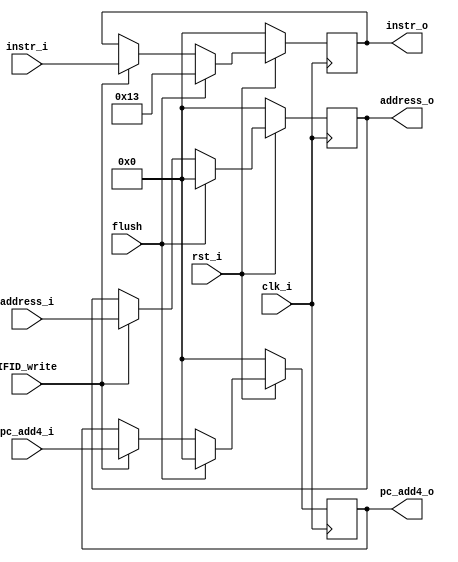
`timescale 1ns/1ps
module IFID_register (
    input clk_i,
    input rst_i,
    input flush,
    input IFID_write,
    input [31:0] address_i,
    input [31:0] instr_i,
    input [31:0] pc_add4_i,
    output reg [31:0] address_o,
    output reg [31:0] instr_o,
    output reg [31:0] pc_add4_o
);
/* Write your code HERE */
always @(posedge clk_i) begin
    if(~rst_i)begin
        address_o <= 32'b0;
        instr_o   <= 32'b0;
        pc_add4_o <= 32'b0;
    end
    else if(flush)begin
        address_o <= 32'b0;
        instr_o   <= 32'b00000000000000000000000000010011; // addi x0 x0 0
        pc_add4_o <= 32'b0;
    end
    else if(IFID_write)begin
        address_o <= address_i;
        instr_o   <= instr_i;
        pc_add4_o <= pc_add4_i;
    end
    else begin
        address_o <= address_o;
        instr_o   <= instr_o;
        pc_add4_o <= pc_add4_o;
    end
end
endmodule